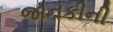
જાનકીની